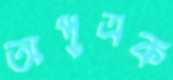
অপুত্রক